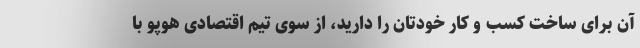
آن برای ساخت کسب و کار خودتان را دارید، از سوی تیم اقتصادی هوپو با